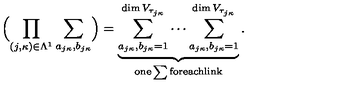
\Bigl ( \prod _ { ( j , \kappa ) \in \Lambda ^ { 1 } } \sum _ { a _ { j \kappa } , b _ { j \kappa } } \Bigr ) = \underbrace { \sum _ { a _ { j \kappa } , b _ { j \kappa } = 1 } ^ { \dim V _ { \tau _ { j \kappa } } } \cdots \sum _ { a _ { j \kappa } , b _ { j \kappa } = 1 } ^ { \dim V _ { \tau _ { j \kappa } } } } _ { \mathrm { o n e \sum f o r e a c h l i n k } } .